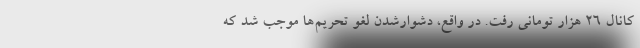
کانال ۲۶ هزار تومانی رفت. در واقع، دشوارشدن لغو تحریم‌ها موجب شد که